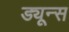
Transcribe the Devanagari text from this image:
ड्यून्स